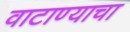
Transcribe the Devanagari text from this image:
वाटाण्याचा